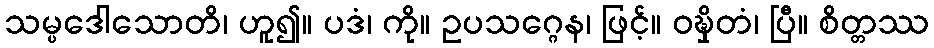
သမ္ပဒေါသောတိ၊ ဟူ၍။ ပဒံ၊ ကို။ ဥပသဂ္ဂေန၊ ဖြင့်။ ဝဍ္ဎှိတံ၊ ပြီ။ စိတ္တဿ